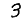
Digit: 3